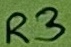
Text: R3